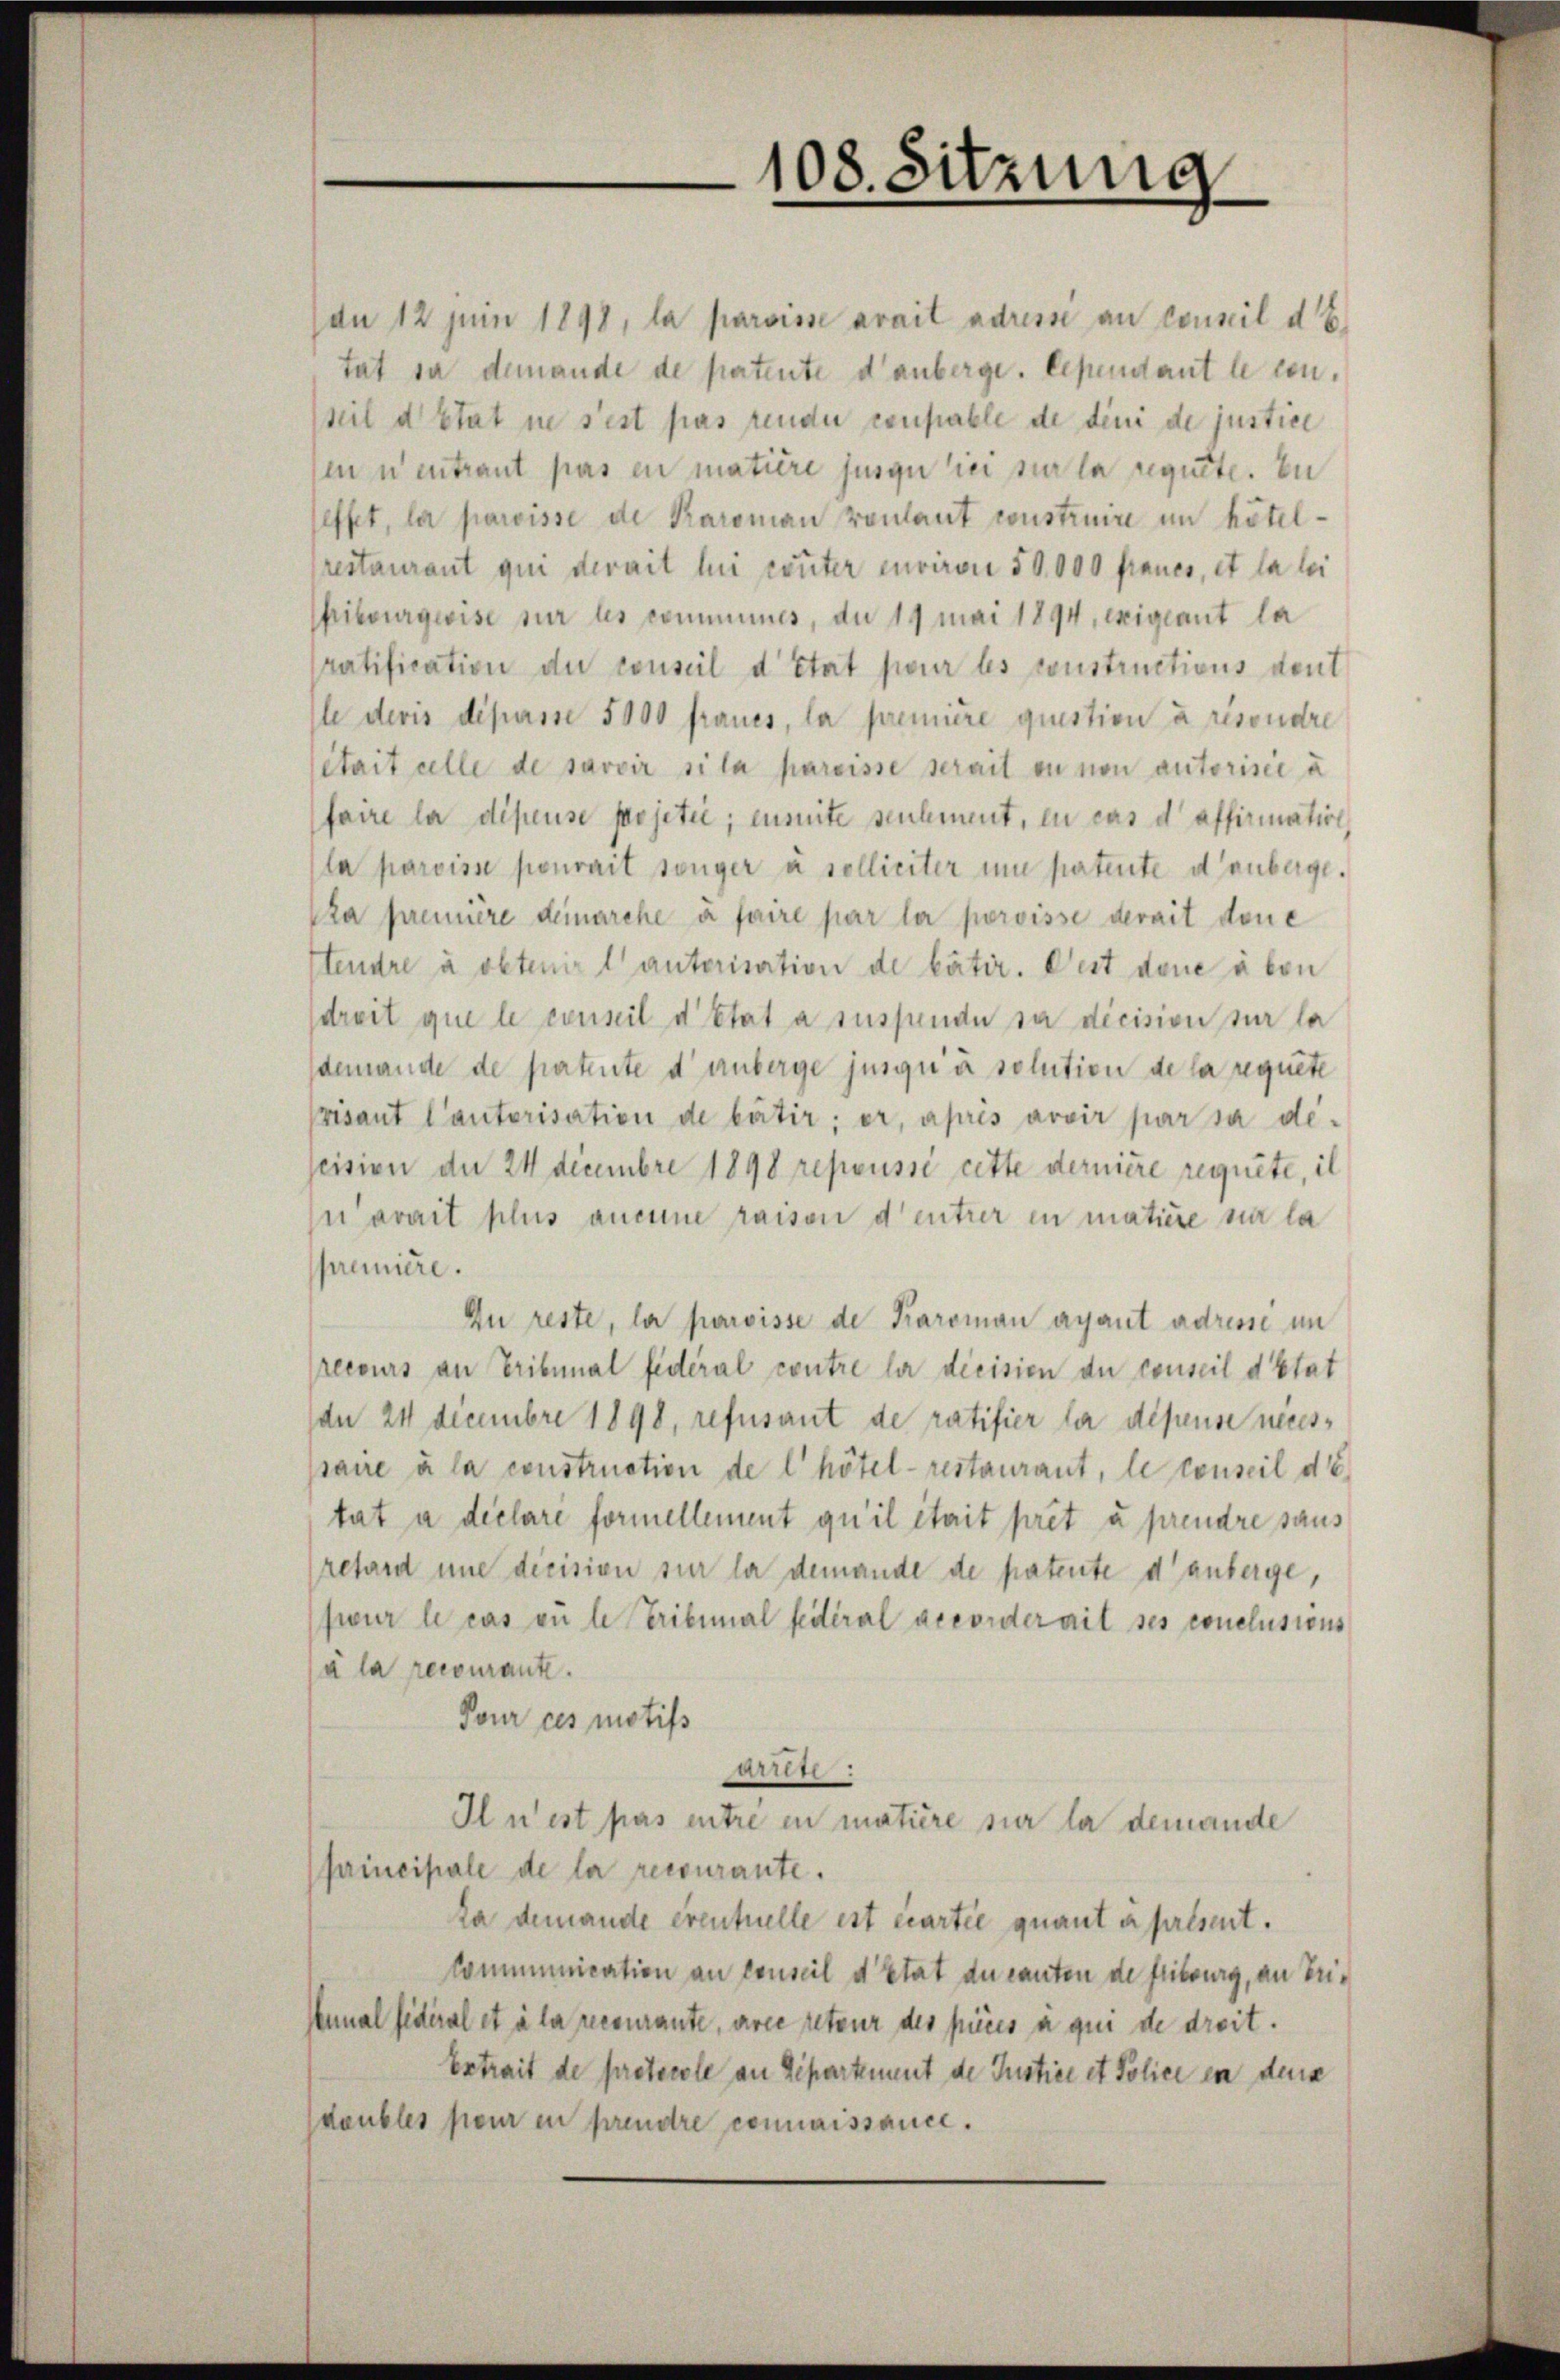
108. Sitzung

de 12 Juni 1898, la paroisse avait adressi an conseil de
tat sa demande de patente d’anberge. Cependant le conseil d’Etat ne s’est pas rende coupable de deni de justice
en neutraut pas en matière jusqu ici sur la requite. Ei
feffet, la paroisse de Karoman voulant construire im hötelrestaurant qui derait lui router environi 50,000 fraues, et la lei
ibourgeoise sur les communes, du 19 mai 1894, exigiant la
ratification du conseil d’état pour les constructions deut
Il devis dépasse 5000 fraues, la première question à resondre
sétait alle de savoir sila pareisse serait en non autorisée à
(faire la dépense projetie; ensuite seulement, en cas d affirimation,
la paroisse pourait songer à solliciter une patente denberge¬
Cza première demarche à faire par la poroisse derait done
stendre à obtenir l’autorisation de väter. Dest dene aben
dreit que le conseil d’Etat à susfunde sa décision sur la
demande de patente d unberge jusqu’à solution de la requete
visant Cautorisation de bätir; er, après avoir par sa descision der 24 Decembre 1898 repeussi cette dernière requite, il
ju avait plus aucune raison d’entrer in matière si la
première.
Zu reste, la paroisse de Karoman ayant adresse im
ecours an Tribunal fédéral contre la dieisien du conseil d’Etat
dn 24 Decembre 1898, refusant de ratifier la disense neuesssaire à la construction de l’hötel- restaurant, le conseil de
tat a declare formellement qu’il était prêt à prendre saus
retard une decision sur la demande de patente d’anberge,
fwur le cas zu le Tribunal fédéral accorderait ses conclusions
à la recourante.
Tour ces motifs
r
Il n’est pas entre in matière sur la demande
principale de la recourante.
Da demande eventuelle est cartie quant à présent.
Communication an conseil d’Etat du canten de feibburg, an Trienmal fidéral et à la recourante, arce reteur des pices a qui de dreit.
Extrait de protocole an Separtement de Justice et Police in dens
doubles peur in prendre connaissance.